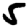
Digit: 5